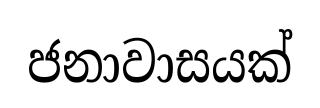
ජනාවාසයක්